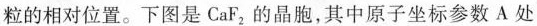
粒的相对位置。下图是CaF_{2}的晶胞，其中原子坐标参数A处